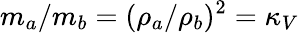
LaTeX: m_{a}/m_{b}=(\rho_{a}/\rho_{b})^{2}=\kappa_{V}